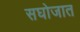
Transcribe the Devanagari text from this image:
सघोजात